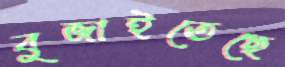
বুজাইতেছে